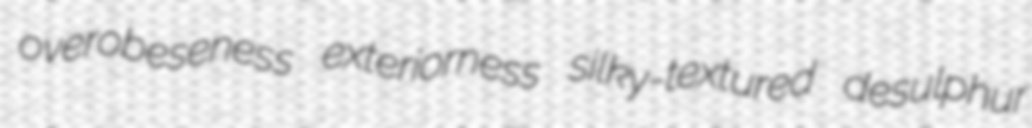
overobeseness exteriorness silky-textured desulphur